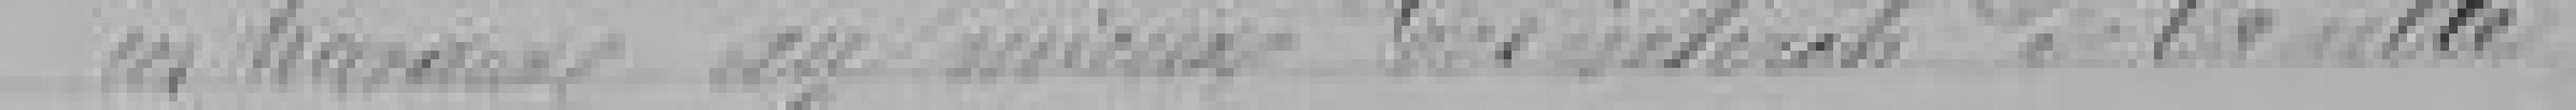
ces travaux au mieux des intérêts de la ville.